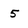
Character: 5